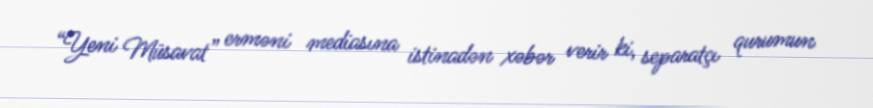
“Yeni Müsavat” erməni mediasına istinadən xəbər verir ki, separatçı qurumun